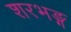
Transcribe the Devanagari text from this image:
शरभङ्ग